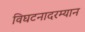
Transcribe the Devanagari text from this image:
विघटनादरम्यान